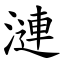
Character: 漣